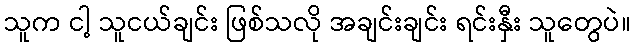
သူက ငါ့ သူငယ်ချင်း ဖြစ်သလို အချင်းချင်း ရင်းနှီး သူတွေပဲ။